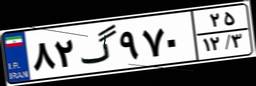
۸۲گ۹۷۰۲۵